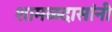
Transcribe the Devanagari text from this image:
शामळदासांनी